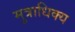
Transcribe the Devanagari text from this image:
मुत्राधिक्य